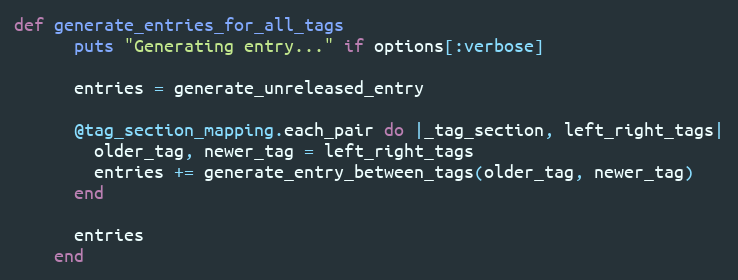
Language: Ruby
def generate_entries_for_all_tags
      puts "Generating entry..." if options[:verbose]

      entries = generate_unreleased_entry

      @tag_section_mapping.each_pair do |_tag_section, left_right_tags|
        older_tag, newer_tag = left_right_tags
        entries += generate_entry_between_tags(older_tag, newer_tag)
      end

      entries
    end